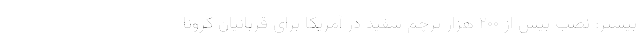
بیشتر: نصب بیش از ۲۰۰ هزار پرچم سفید در آمریکا براي قربانيان كرونا